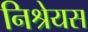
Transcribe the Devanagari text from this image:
निश्रेयस